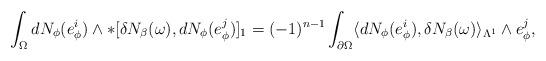
LaTeX: \begin{align*} \begin{aligned} \int_{\Omega}dN_{\phi}(e_{\phi}^{i})\wedge\ast[\delta N_{\beta}(\omega),dN_{\phi}(e_{\phi}^{j})]_{1}=(-1)^{n-1}\int_{\partial\Omega}\langle dN_{\phi}(e_{\phi}^{i}),\delta N_{\beta}(\omega)\rangle_{\Lambda^{1}}\wedge e_{\phi}^{j}, \end{aligned} \end{align*}